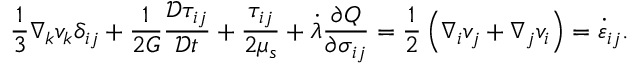
\frac { 1 } { 3 } \nabla _ { k } v _ { k } \delta _ { i j } + \frac { 1 } { 2 G } \frac { \mathcal { D } \tau _ { i j } } { \mathcal { D } t } + \frac { \tau _ { i j } } { 2 \mu _ { s } } + \dot { \lambda } \frac { \partial Q } { \partial \sigma _ { i j } } = \frac { 1 } { 2 } \left( \nabla _ { i } v _ { j } + \nabla _ { j } v _ { i } \right) = \dot { \varepsilon } _ { i j } .